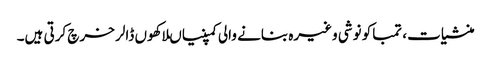
منشیات، تمباکو نوشی وغیرہ بنانے والی کمپنیاںلاکھوں ڈالر خرچ کرتی ہیں۔